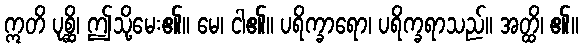
ဣတိ ပုစ္ဆိ၊ ဤသို့မေး၏။ မေ၊ ငါ၏။ ပရိက္ခာရော၊ ပရိက္ခရာသည်။ အတ္ထိ၊ ၏။